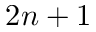
2 n + 1